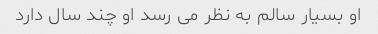
او بسیار سالم به نظر می رسد او چند سال دارد